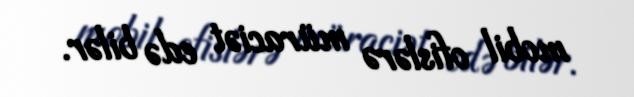
mobil ofislərə müraciət edə bilər.